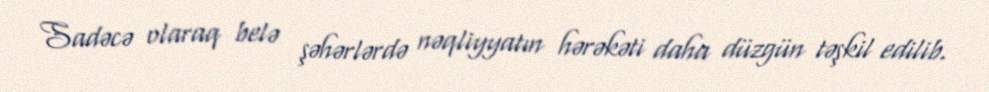
Sadəcə olaraq belə şəhərlərdə nəqliyyatın hərəkəti daha düzgün təşkil edilib.